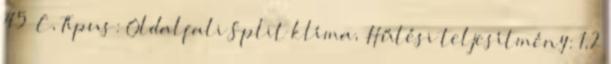
45 °C, Típus: Oldalfali Split klíma, Hűtési teljesítmény: 1,2